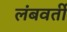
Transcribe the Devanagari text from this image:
लंबवर्ती